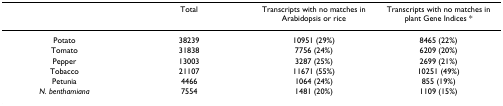
|  | Total | Transcripts with no matches in Arabidopsis or rice | Transcripts with no matches in plant Gene Indices * |
 | --- | --- | --- | --- |
 | Potato | 38239 | 10951 (29%) | 8465 (22%) |
 | Tomato | 31838 | 7756 (24%) | 6209 (20%) |
 | Pepper | 13003 | 3287 (25%) | 2699 (21%) |
 | Tobacco | 21107 | 11671 (55%) | 10251 (49%) |
 | Petunia | 4466 | 1064 (24%) | 855 (19%) |
 | N. benthamiana | 7554 | 1481 (20%) | 1109 (15%) |